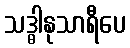
သဒ္ဓါနုသာရီပေ